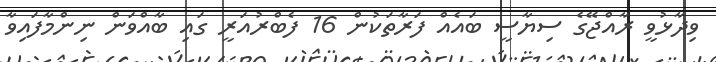
ވިދާޅުވީ ރާއްޖޭގެ ސިޔާސީ ބައެއް ފަރާތަކުން 16 ފެބްރުއަރީ ގައި ބާއްވަން ނިންމާފައިވާ